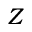
Z